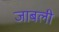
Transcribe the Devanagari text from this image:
जाबली